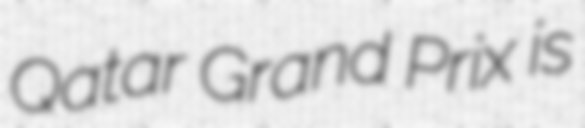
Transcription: Qatar Grand Prix is